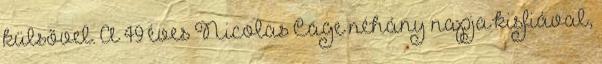
külsővel. A 49 éves Nicolas Cage néhány napja kisfiával,